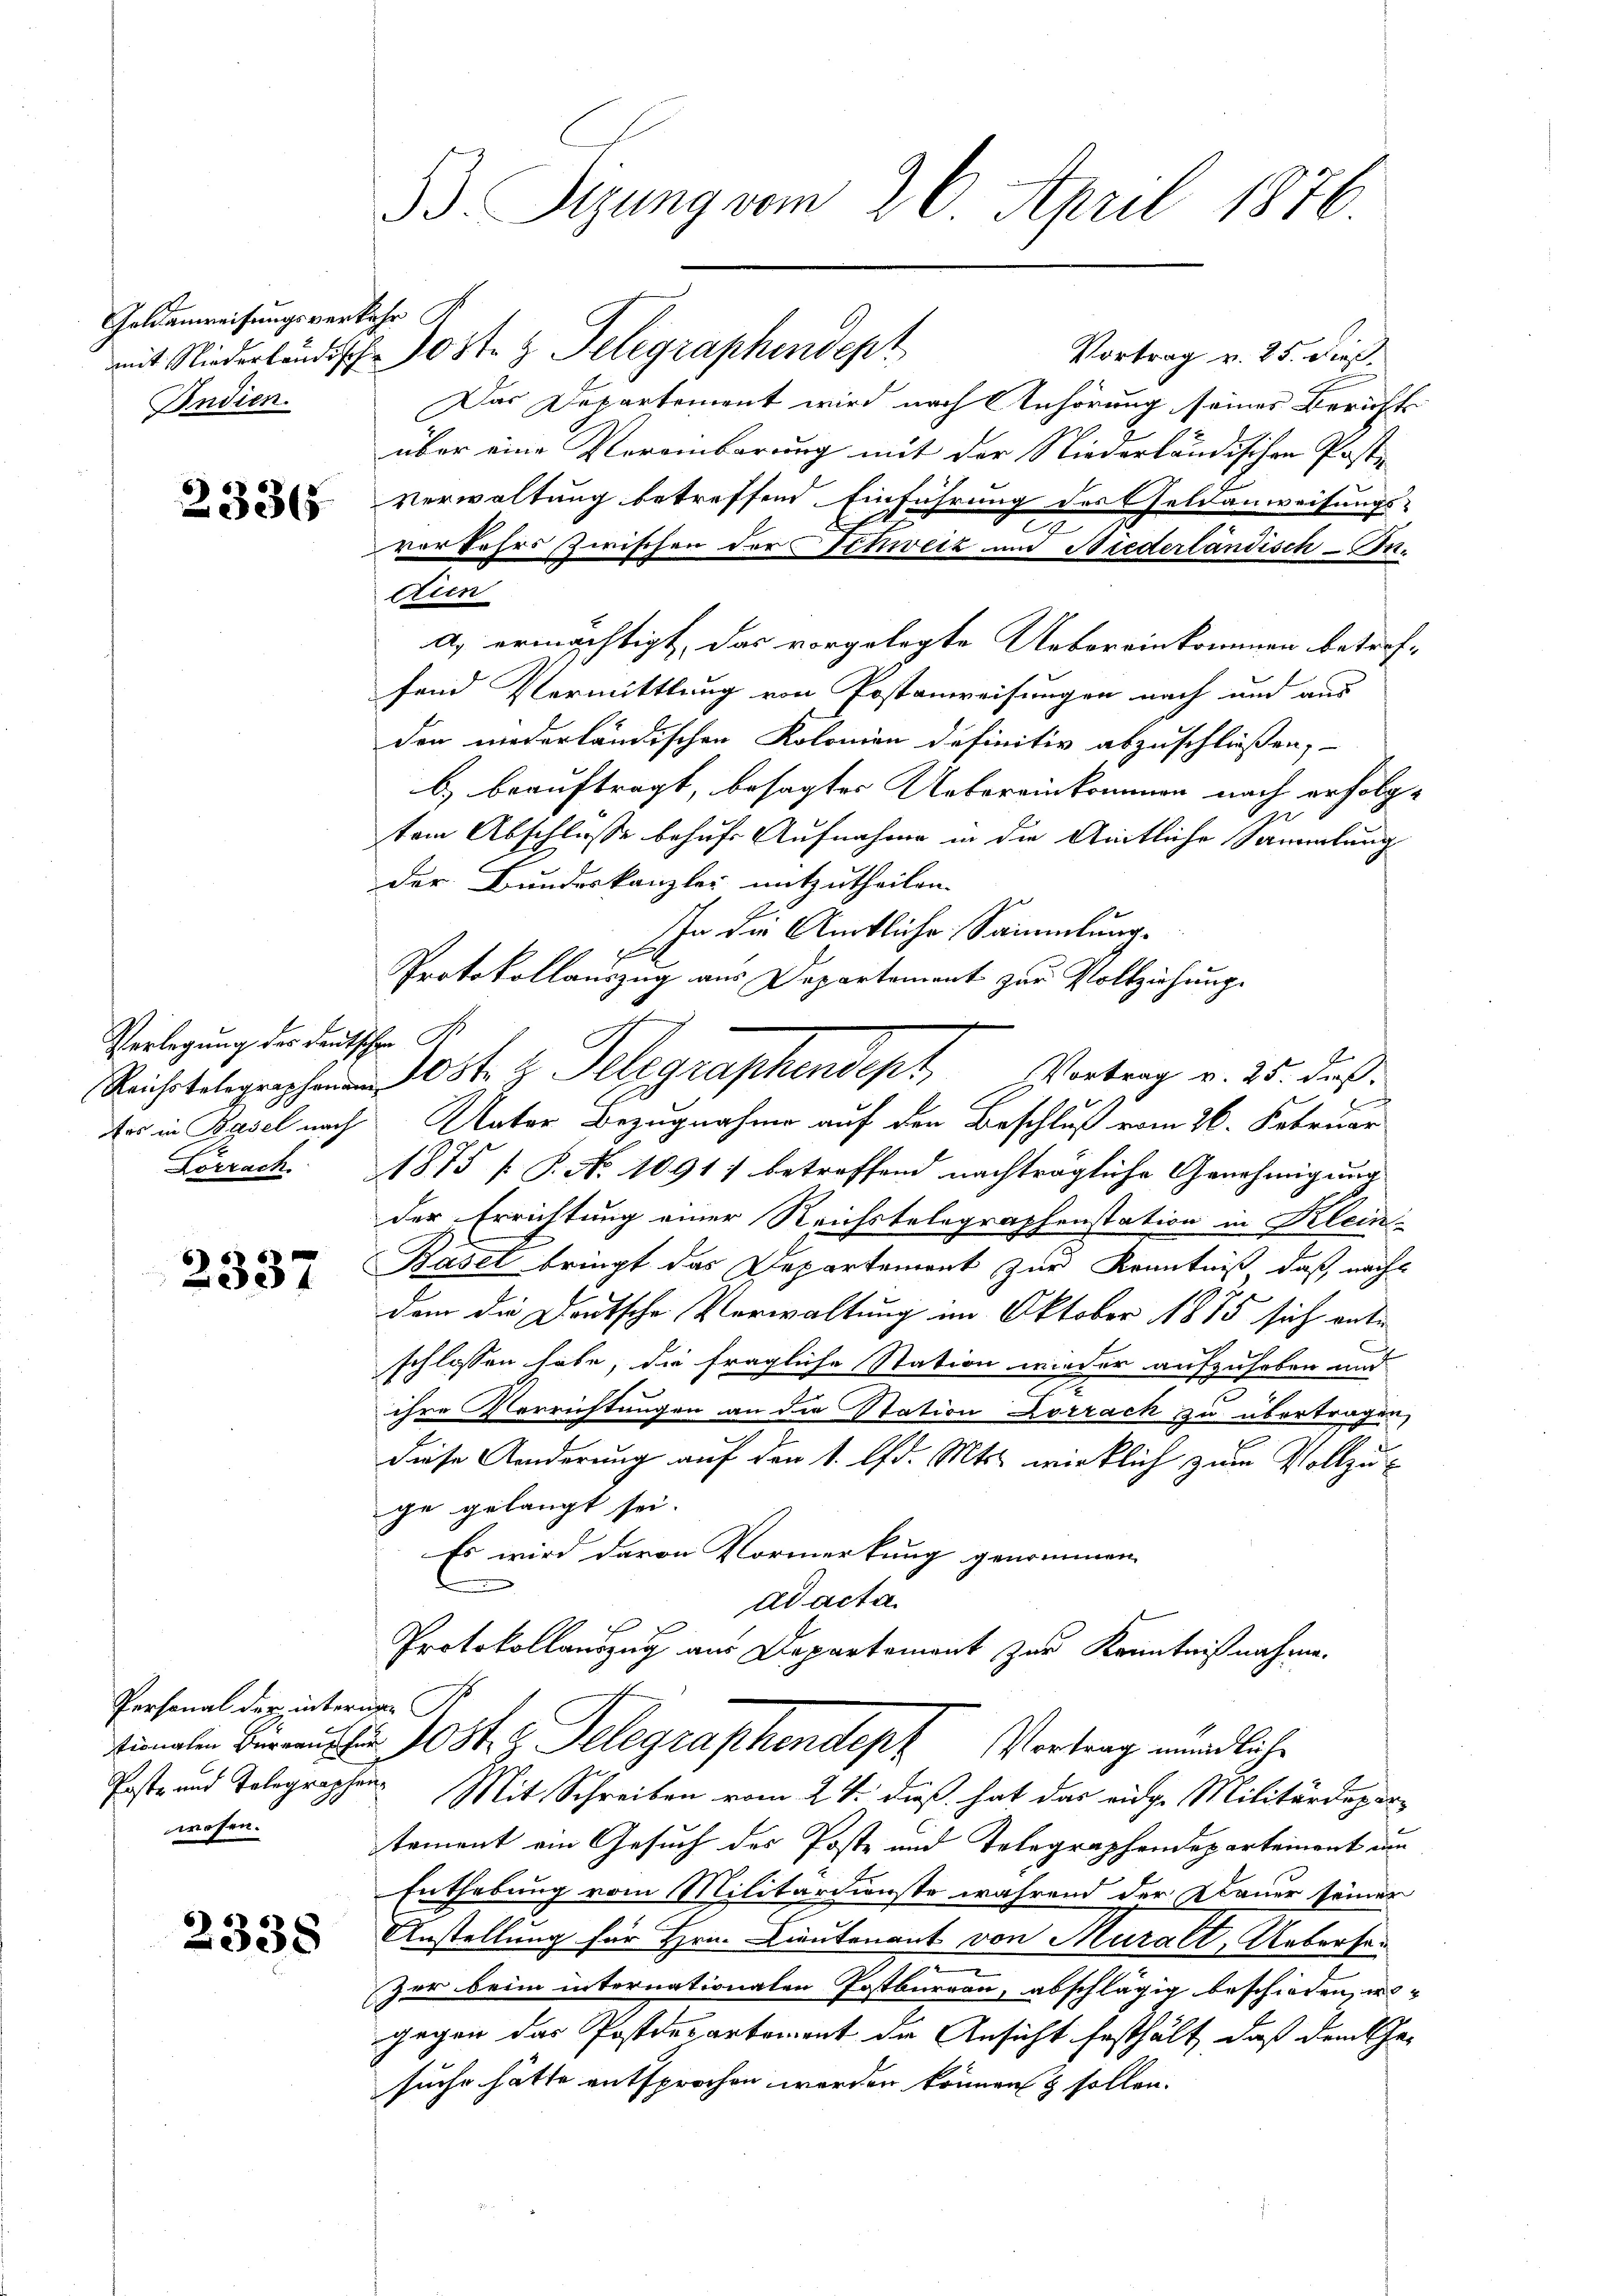
Goldanweisungsverkehr
Indien.

23365

Verlegung des Deutschen A
Ars in Basel nach

2337

Personal der interigen
wesen.

2338

B. Sizung vom 26. April 1876.

mit Niederländisch 10 st.  Telegraphendept
Vortrag v. 25. dieß,
Das Departement wird nach Anhörung seines Berichts
über eine Vereinbarung mit der Niederländischen Post¬
Verwaltung betreffend Einführung des Geldanweisungs-
2
vorfahrs zwischen der Schweiz und Niederländisch-Indien
a) ermächtigt, das vorgelegte Uebereinkommen betreffend Vermittlung von Postanweisungen nach und aus
den niederländischen Kolonien definitiv abzuschließen,
b) beauftragt, besagter Uebereinkommen nach erfolg¬
Ge
tem Abschlusse behufs Aufnahme in die Amtliche Sammlung
der Bundeskanzley mitzutheilen.
In die Amtliche Sammlung.
Protokollauszug aus Departement zur Vollziehung
E
Unter Bezugnahme auf den Beschluß vom 26. Februar
Lörrach. 1875 [ P. No 1091) betreffend nachträgliche Genehmigung
der Errichtung einer Reichstelegraphenstation in Klein-
Basel bringt das Departement zur Kenntniß, daß nach
dem die Deutsche Verwaltung im Oktober 1875 sich ente
schlossen habe, die fragliche Station wieder aufzuheben und
ihre Verrichtungen an die Station Korrach zu übertragen,
diese Änderung auf den 1. d. Mts. wirklich zum Vollzuge gelangt sei.
Es wird davon Vormerkung genommen.
ad acta
Protokollauszug aus Departemont zur Kenntnißnahme.
inalen u. 1081. 2. Telegraphendeph Vortrag mündliche
Poste und Telegraphen Mit Schreiben vom 24. daß hat das eidge Militärdepartement ein Gesuch des Poste und Telegraphendepartement um
Enthebung vom Militärdienste während der Dauer seiner
Anstellung für Hrn. Lieutenant von Muralt, Uebersenzer beim internationalen Postburgau, abschlägig beschieden, wo-
gegen das Postdepartement die Ansicht festhält, daß dem Ehe-
suche hätte entsprochen werden können & sollen.

Richt z. Telegraphendept Vertrag v. 25. daß